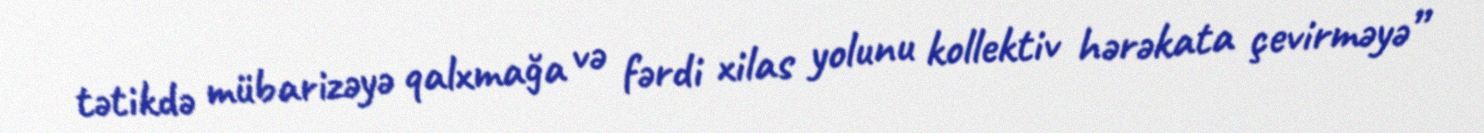
tətikdə mübarizəyə qalxmağa və fərdi xilas yolunu kollektiv hərəkata çevirməyə”